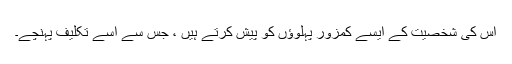
اس کی شخصیت کے ایسے کمزور پہلوؤں کو پیش کرتے ہیں ، جس سے اسے تکلیف پہنچے۔